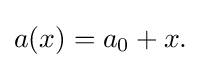
a(x)=a_{0}+x.\,\!